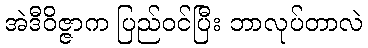
အဲဒီဝိဇ္ဇာက ပြည်ဝင်ပြီး ဘာလုပ်တာလဲ